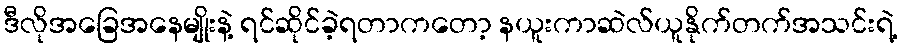
ဒီလိုအခြေအနေမျိုးနဲ့ ရင်ဆိုင်ခဲ့ရတာကတော့ နယူးကာဆဲလ်ယူနိုက်တက်အသင်းရဲ့